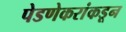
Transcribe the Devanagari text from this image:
पेडणेकरांकडून